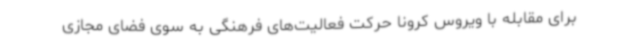
برای مقابله با ویروس کرونا حرکت فعالیت‌های فرهنگی به سوی فضای مجازی